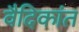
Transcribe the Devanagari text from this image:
वैदिकांत